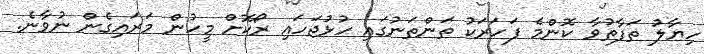
ހިޔާލު ތަފާތުވާ ކޮންމެ ފަހަރަކު ތަންތަނުގައި ހުޅުޖަހައި ރޯކޮށް މީހުން މަރައިގެން ނުވާނެ.